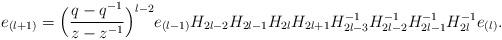
LaTeX: \begin{align*}e_{(l+1)}=\Big(\frac{q-q^{-1}}{z-z^{-1}}\Big)^{l-2}e_{(l-1)}H_{2l-2}H_{2l-1}H_{2l}H_{2l+1}H_{2l-3}^{-1}H_{2l-2}^{-1}H_{2l-1}^{-1}H_{2l}^{-1}e_{(l)}.\end{align*}